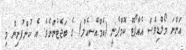
އަންނަ މޯލްޑިވްސް އެއާޕޯޓް ކޮމްޕެނީ (އެމްއޭސީއެލް) ގެ ބަޖެޓުންނެވެ. އެ ކުންފުނިން މި